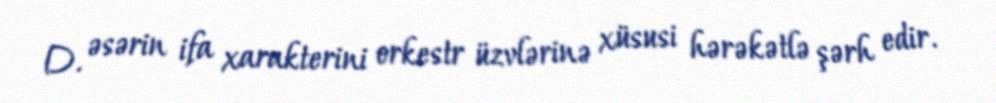
D. əsərin ifa xarakterini orkestr üzvlərinə xüsusi hərəkətlə şərh edir.